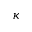
\kappa